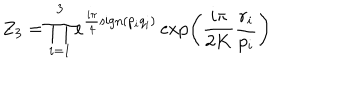
Z _ { 3 } = \prod _ { i = 1 } ^ { 3 } e ^ { \frac { i \pi } { 4 } \mathrm { s i g n } ( p _ { i } q _ { i } ) } \exp \left( \frac { i \pi } { 2 K } \frac { r _ { i } } { p _ { i } } \right)